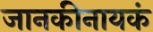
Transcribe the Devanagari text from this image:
जानकीनायकं